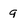
Character: q